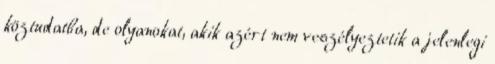
köztudatba, de olyanokat, akik azért nem veszélyeztetik a jelenlegi